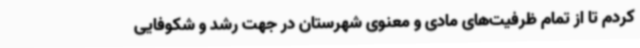
کردم تا از تمام ظرفیت‌های مادی و معنوی شهرستان در جهت رشد و شکوفایی